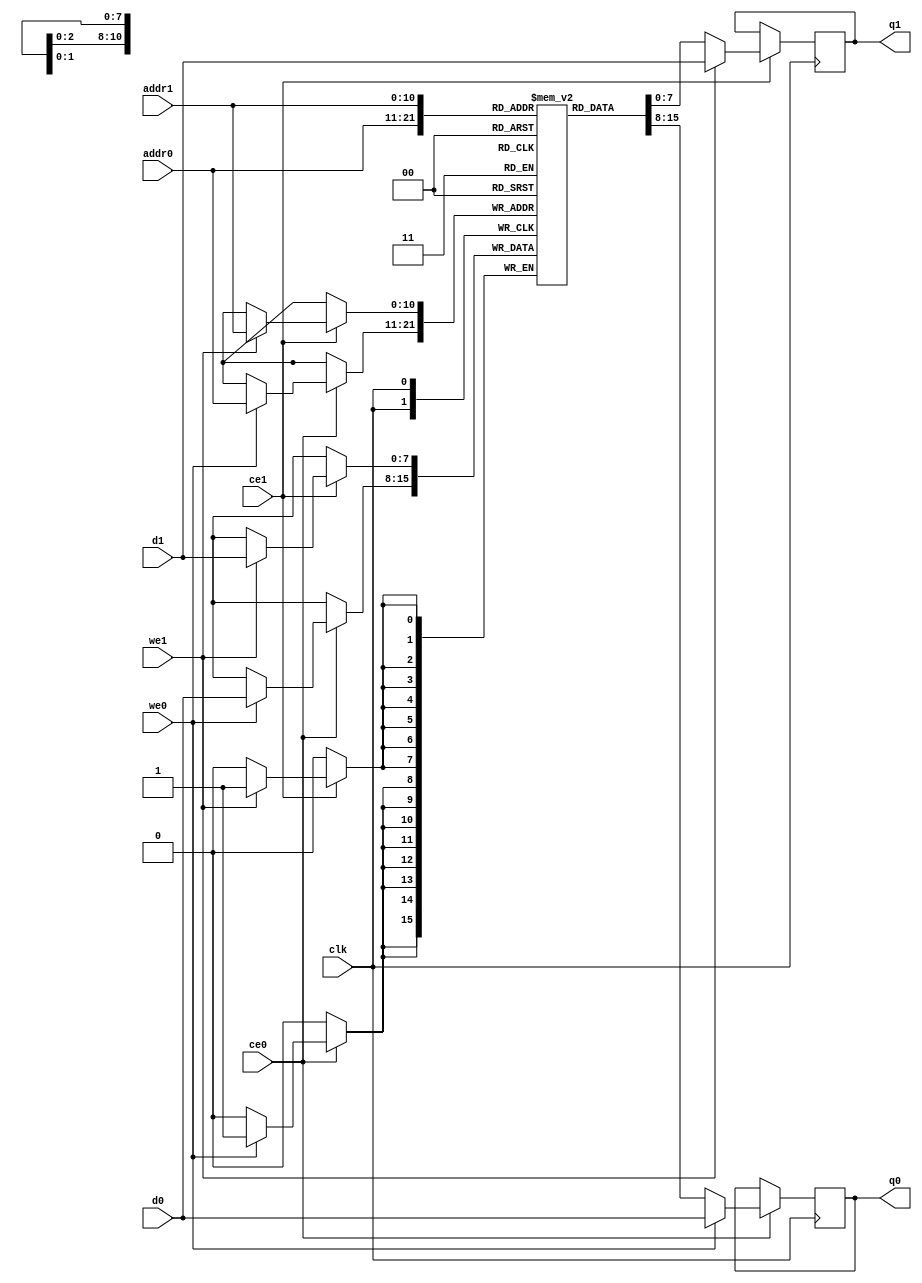
// ==============================================================
// File generated by Vivado(TM) HLS - High-Level Synthesis from C, C++ and SystemC
// Version: 2016.4
// Copyright (C) 1986-2017 Xilinx, Inc. All Rights Reserved.
// 
// ==============================================================

`timescale 1 ns / 1 ps
module workload_buf_0_ram (addr0, ce0, d0, we0, q0, addr1, ce1, d1, we1, q1,  clk);

parameter DWIDTH = 8;
parameter AWIDTH = 11;
parameter MEM_SIZE = 2048;

input[AWIDTH-1:0] addr0;
input ce0;
input[DWIDTH-1:0] d0;
input we0;
output reg[DWIDTH-1:0] q0;
input[AWIDTH-1:0] addr1;
input ce1;
input[DWIDTH-1:0] d1;
input we1;
output reg[DWIDTH-1:0] q1;
input clk;

(* ram_style = "block" *)reg [DWIDTH-1:0] ram[MEM_SIZE-1:0];




always @(posedge clk)  
begin 
    if (ce0) 
    begin
        if (we0) 
        begin 
            ram[addr0] <= d0; 
            q0 <= d0;
        end 
        else 
            q0 <= ram[addr0];
    end
end


always @(posedge clk)  
begin 
    if (ce1) 
    begin
        if (we1) 
        begin 
            ram[addr1] <= d1; 
            q1 <= d1;
        end 
        else 
            q1 <= ram[addr1];
    end
end


endmodule


`timescale 1 ns / 1 ps
module workload_buf_0(
    reset,
    clk,
    address0,
    ce0,
    we0,
    d0,
    q0,
    address1,
    ce1,
    we1,
    d1,
    q1);

parameter DataWidth = 32'd8;
parameter AddressRange = 32'd2048;
parameter AddressWidth = 32'd11;
input reset;
input clk;
input[AddressWidth - 1:0] address0;
input ce0;
input we0;
input[DataWidth - 1:0] d0;
output[DataWidth - 1:0] q0;
input[AddressWidth - 1:0] address1;
input ce1;
input we1;
input[DataWidth - 1:0] d1;
output[DataWidth - 1:0] q1;



workload_buf_0_ram workload_buf_0_ram_U(
    .clk( clk ),
    .addr0( address0 ),
    .ce0( ce0 ),
    .d0( d0 ),
    .we0( we0 ),
    .q0( q0 ),
    .addr1( address1 ),
    .ce1( ce1 ),
    .d1( d1 ),
    .we1( we1 ),
    .q1( q1 ));

endmodule